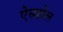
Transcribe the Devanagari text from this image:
ऐसहोल